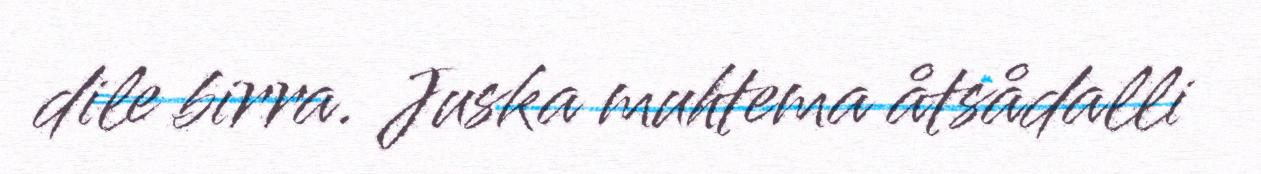
dile birra. Juska muhtema åtsådalli